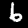
Digit: 6